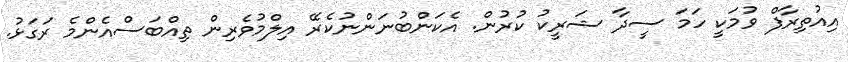
އިއުތިރާފް ވުމަކީ ހަމަ ސީދާ ޝަރީކު ކުރުން. އެކަންބުނަންނުކެރޭ އިލްމުވެރިން ތިއްބަސްއެންމެ ރަގަޅު.